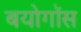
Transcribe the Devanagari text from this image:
बयोगॉस